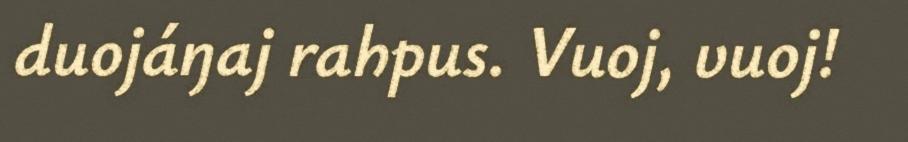
duojáŋaj rahpus. Vuoj, vuoj!